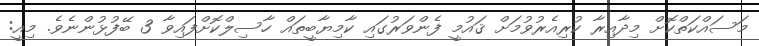
މަސައްކަތްކޮށް މިދާއިރާ ކުރިއެރުވުމަށް ޤައުމީ ފެންވަރުގައި ކާމިޔާބީތައް ހާސިލްކޮށްފައިވާ 3 ބޭފުޅުންނެވެ. މިއީ: